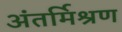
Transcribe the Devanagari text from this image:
अंतर्मिश्रण